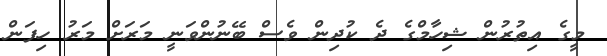
މީގެ އިތުރުން ޝިހާމްގެ ދެ ކުދިން ވެސް ބޭނުންވަނީ މަރަށް މަރު ހިފަން